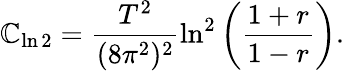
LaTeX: \mathbb{C}_{\ln2}=\frac{{T^{2}}}{{(8\pi^{2})^{2}}}\ln^{2}\left(\frac{{1+r}}{{1-r}}\right).